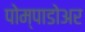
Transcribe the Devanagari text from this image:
पोम्पाडोअर